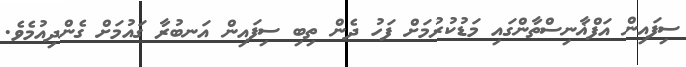
ސިފައިން އަފްޣާނިސްތާންގައި މަޑުކުރުމަށް ފަހު ދެން ތިބި ސިފައިން އަނބުރާ ގައުމަށް ގެންދިއުމެވެ.